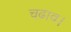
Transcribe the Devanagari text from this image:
चढ़ाव।